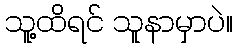
သူ့ထိရင် သူနာမှာပဲ။